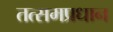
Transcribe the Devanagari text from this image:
तत्समप्रधान